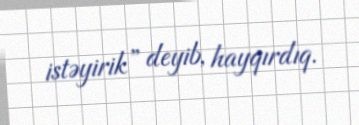
istəyirik” deyib, hayqırdıq.